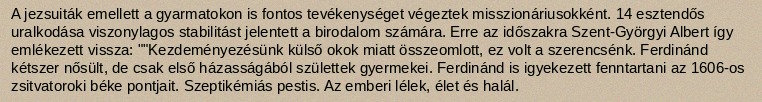
A jezsuiták emellett a gyarmatokon is fontos tevékenységet végeztek misszionáriusokként. 14 esztendős uralkodása viszonylagos stabilitást jelentett a birodalom számára. Erre az időszakra Szent-Györgyi Albert így emlékezett vissza: ""Kezdeményezésünk külső okok miatt összeomlott, ez volt a szerencsénk. Ferdinánd kétszer nősült, de csak első házasságából születtek gyermekei. Ferdinánd is igyekezett fenntartani az 1606-os zsitvatoroki béke pontjait. Szeptikémiás pestis. Az emberi lélek, élet és halál.